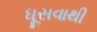
ધૂસવાથી